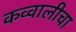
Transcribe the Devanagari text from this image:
कव्वालीचा